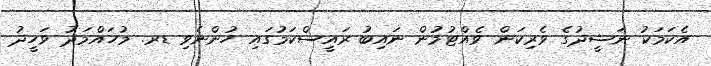
އެކަމަކު ނަޝީދުގެ ވެރިކަން ވެއްޓުމުން ނައިބު ރައީސްކަމުގައި ހުންނެވި ޑރ. މުހައްމަދު ވަހީދު